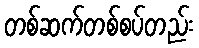
တစ်ဆက်တစ်စပ်တည်း